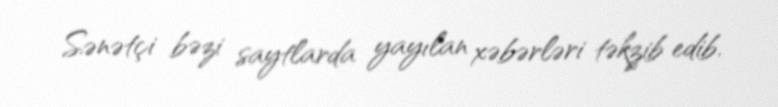
Sənətçi bəzi saytlarda yayılan xəbərləri təkzib edib.